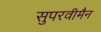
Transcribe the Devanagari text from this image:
सुपरवीमैन